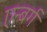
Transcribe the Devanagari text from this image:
एन्बर्ग